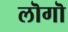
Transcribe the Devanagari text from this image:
लॊगॊ